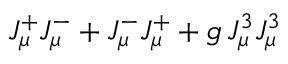
J _ { \mu } ^ { + } J _ { \mu } ^ { - } + J _ { \mu } ^ { - } J _ { \mu } ^ { + } + g \, J _ { \mu } ^ { 3 } J _ { \mu } ^ { 3 }